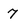
Character: 7